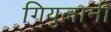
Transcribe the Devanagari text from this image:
गियुलानी